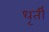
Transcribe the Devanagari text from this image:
धृर्ती